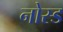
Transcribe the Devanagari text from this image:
नोस्ड